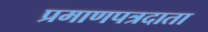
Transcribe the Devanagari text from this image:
प्रमाणपत्रदाता